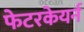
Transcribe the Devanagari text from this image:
फेटरकेयर्न